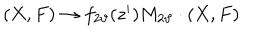
( X , F ) \rightarrow f _ { 2 \vartheta } ( z ^ { i } ) { M } _ { 2 \vartheta } \cdot ( X , F )